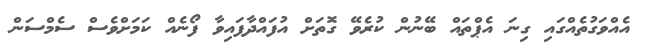
އެއްވަގުތެއްގައި ގިނަ އެޕްތައް ބޭނުން ކުރެވޭ ގޮތަށް އުފައްދާފައިވާ ފޯނެއް ކަމަށްވެސް ސެމްސަން